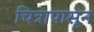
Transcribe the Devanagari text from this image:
चित्रापासून